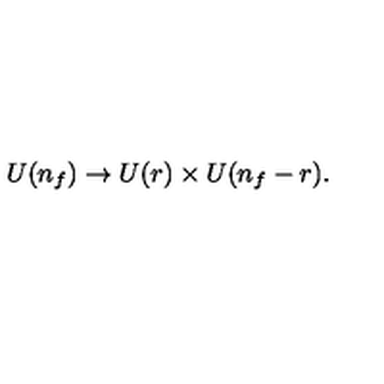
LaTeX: U ( n _ { f } ) \rightarrow U ( r ) \times U ( n _ { f } - r ) .